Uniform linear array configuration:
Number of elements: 4
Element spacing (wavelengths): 1
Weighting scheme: exponential
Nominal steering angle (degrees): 15
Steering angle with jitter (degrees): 16.669
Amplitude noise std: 0.05
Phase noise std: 0.05

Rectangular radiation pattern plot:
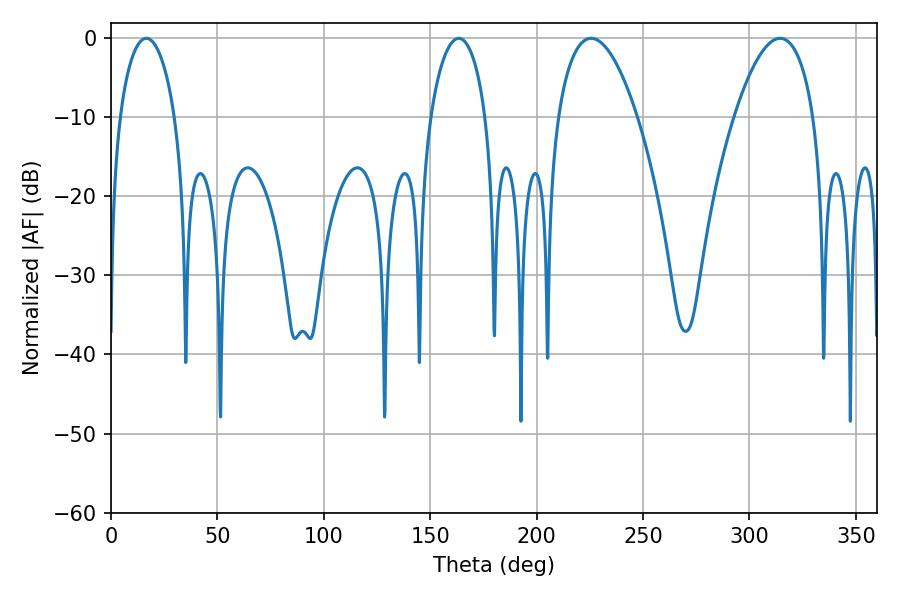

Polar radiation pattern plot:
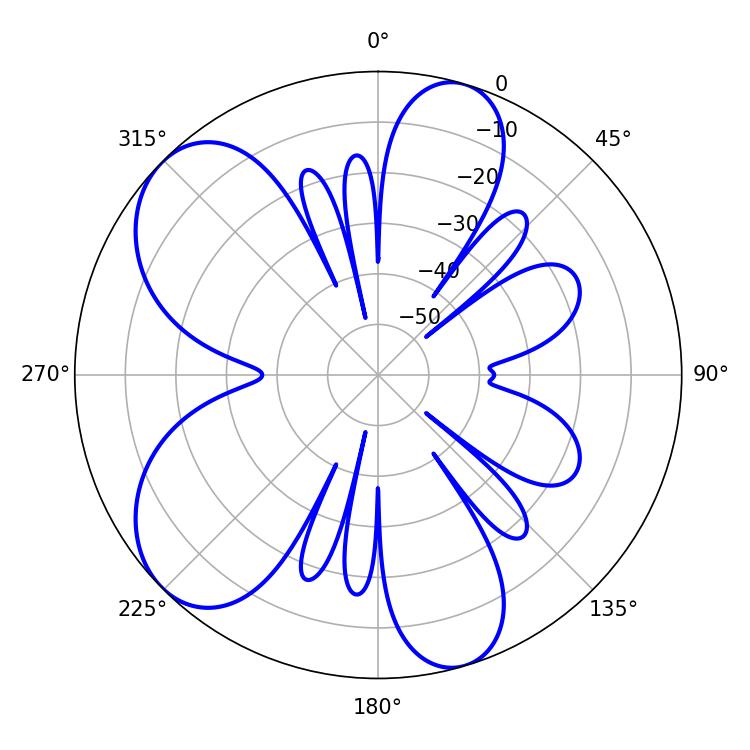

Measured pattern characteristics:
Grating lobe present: TRUE
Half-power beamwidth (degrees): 14.76
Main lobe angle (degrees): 16.56